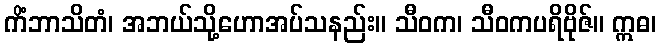
ကိံဘာသိတံ၊ အဘယ်သို့ဟောအပ်သနည်း။ သီဝက၊ သီဝကပရိဗိုဇ်။ ဣဓ၊